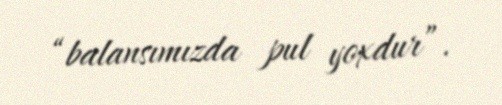
“balansımızda pul yoxdur”.